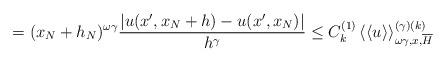
LaTeX: \begin{align*}=(x_{N}+h_{N})^{\omega\gamma}\frac{|u(x^{\prime},x_{N}+h)-u(x^{\prime},x_{N})|}{h^{\gamma}}\leq C_{k}^{(1)}\left\langle \left\langle u\right\rangle \right\rangle _{\omega\gamma,x,\overline{H}}^{(\gamma)(k)} \end{align*}